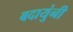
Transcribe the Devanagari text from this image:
बदायुंनी